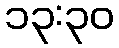
၁၃:၃၀